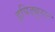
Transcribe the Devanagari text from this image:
इपिड्यूरल